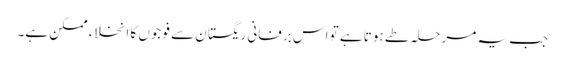
جب یہ مرحلہ طے ہوتا ہے تو اس برفانی ریگستان سے فوجوں کا انخلاء ممکن ہے۔